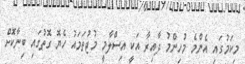
މިކަމުގައި އެންމެ މުހިންމު ދާއިރާ އަކީ އިސްލާމީ މުޖުތަމައު ހެޔޮ ގޮތުގައި ބިނާކޮށް